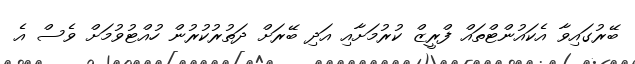
ބޭރުގައިވާ އެކައުންޓްތައް ފްރީޒް ކުރުމަށާއި އަދި ބޭރަށް ދަތުރުކުރުން ހުއްޓުވުމަށް ވެސް އެ